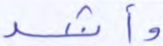
وأشد